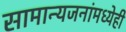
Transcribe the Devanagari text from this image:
सामान्यजनांमध्येही